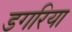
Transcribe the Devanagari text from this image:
डगरिया